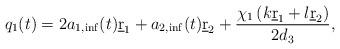
LaTeX: \begin{align*} q_1(t)=2a_{1,\inf}(t)\underbar r_1+a_{2,\inf}(t)\underbar r_2+\frac{\chi_1\left(k\underbar r_1+l\underbar r_2\right)}{2d_3}, \end{align*}